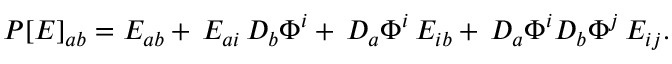
P [ E ] _ { a b } = E _ { a b } + \, E _ { a i } \, D _ { b } \Phi ^ { i } + \, D _ { a } \Phi ^ { i } \, E _ { i b } + \, D _ { a } \Phi ^ { i } D _ { b } \Phi ^ { j } \, E _ { i j } .